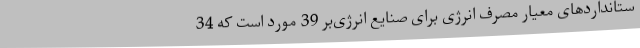
ستانداردهای معیار مصرف انرژی برای صنایع انرژی‌بر 39 مورد است که 34